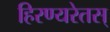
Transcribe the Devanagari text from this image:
हिरण्यरेतस्